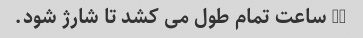
16 ساعت تمام طول می کشد تا شارژ شود.